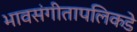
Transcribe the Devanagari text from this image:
भावसंगीतापलिकडे